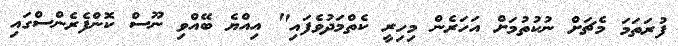
ފުރަތަމަ މެޗަށް ނުކުތުމަށް އަހަރެން މިހިރީ ކެތްމަދުވެފައި" އިއްޔެ ބޭއްވި ނޫސް ކޮންފެރެންސްގައި